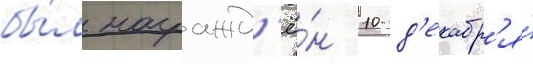
бы́л награжд'ё́н 10 д'екабр'я́